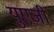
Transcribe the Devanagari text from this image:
युएज़ी